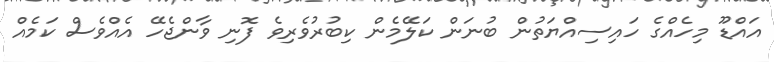
އައްޑޫ މިހެއްގެ ހައިސިއްޔަތުން ބުނަން ކަލޭމެން ކިބުރުވެރިވެ ފޮނި ވާންޖެހޭ އެއްވެސް ކަމެއް